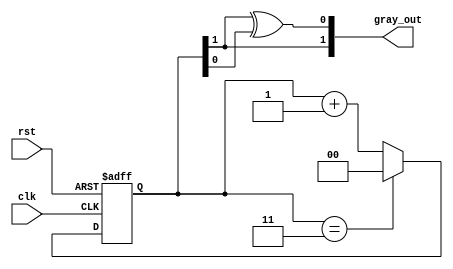
module gray_code_counter (
    input wire clk,          // Clock signal
    input wire rst,          // Asynchronous reset signal
    output reg [1:0] gray_out // 2-bit Gray Code output
);

    // Internal binary counter
    reg [1:0] binary_count; // 2-bit binary counter

    // Gray Code conversion function
    function [1:0] binary_to_gray;
        input [1:0] binary;
        begin
            binary_to_gray[1] = binary[1]; // MSB remains the same
            binary_to_gray[0] = binary[1] ^ binary[0]; // XOR for the rest
        end
    endfunction

    // Sequential logic for counter
    always @(posedge clk or posedge rst) begin
        if (rst) begin
            binary_count <= 2'b00; // Reset binary counter to 0
        end else begin
            binary_count <= binary_count + 1; // Increment binary counter
            if (binary_count == 2'b11) // Check for wrap-around
                binary_count <= 2'b00; // Wrap around to 0
        end
    end

    // Convert binary count to Gray Code
    always @(*) begin
        gray_out = binary_to_gray(binary_count); // Update Gray Code output
    end

endmodule